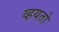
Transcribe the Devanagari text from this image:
व्हयतो